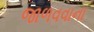
જાળવવાના